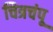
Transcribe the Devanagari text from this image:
चित्रचंपू